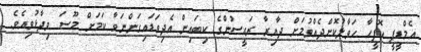
އެމްޑީޕީ އޮފީހާ ހަވާލުކޮށްދެއްވުމަށް ދާއިރާ ރައީސުންގެ ކިބައިން އެދިވަޑައިގަންނަވާ ކަމަށް މޫސަ ވިދާޅުވިއެވެ.